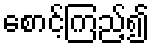
စောင့်ကြည့်၍